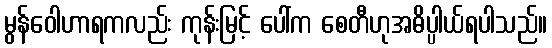
မွန်ဝေါဟာရကလည်း ကုန်းမြင့် ပေါ်က စေတီဟုအဓိပ္ပါယ်ရပါသည်။